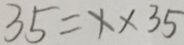
3 5 = x \times 3 5